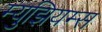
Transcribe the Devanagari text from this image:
म्‍युझियम्‍स